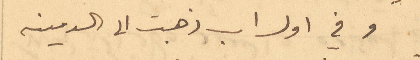
وفي اول اب ذهبت الى الدمينه